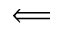
\Longleftarrow